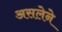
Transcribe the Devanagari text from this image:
असलेने